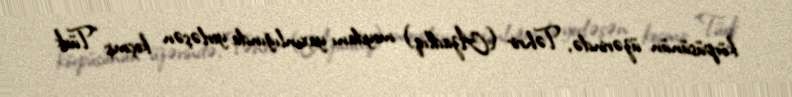
körpüsünün üzərində, Təhrir (Azadlıq) meydanı yaxınlığında yerləşən keçmiş “Türk